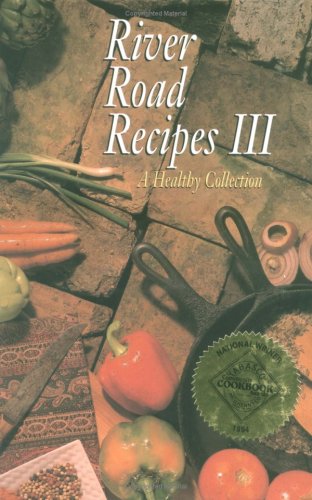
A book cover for River Road Recipes III: A Healthy Collection; Junior League Of Baton Rouge; Cookbooks, Food & Wine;